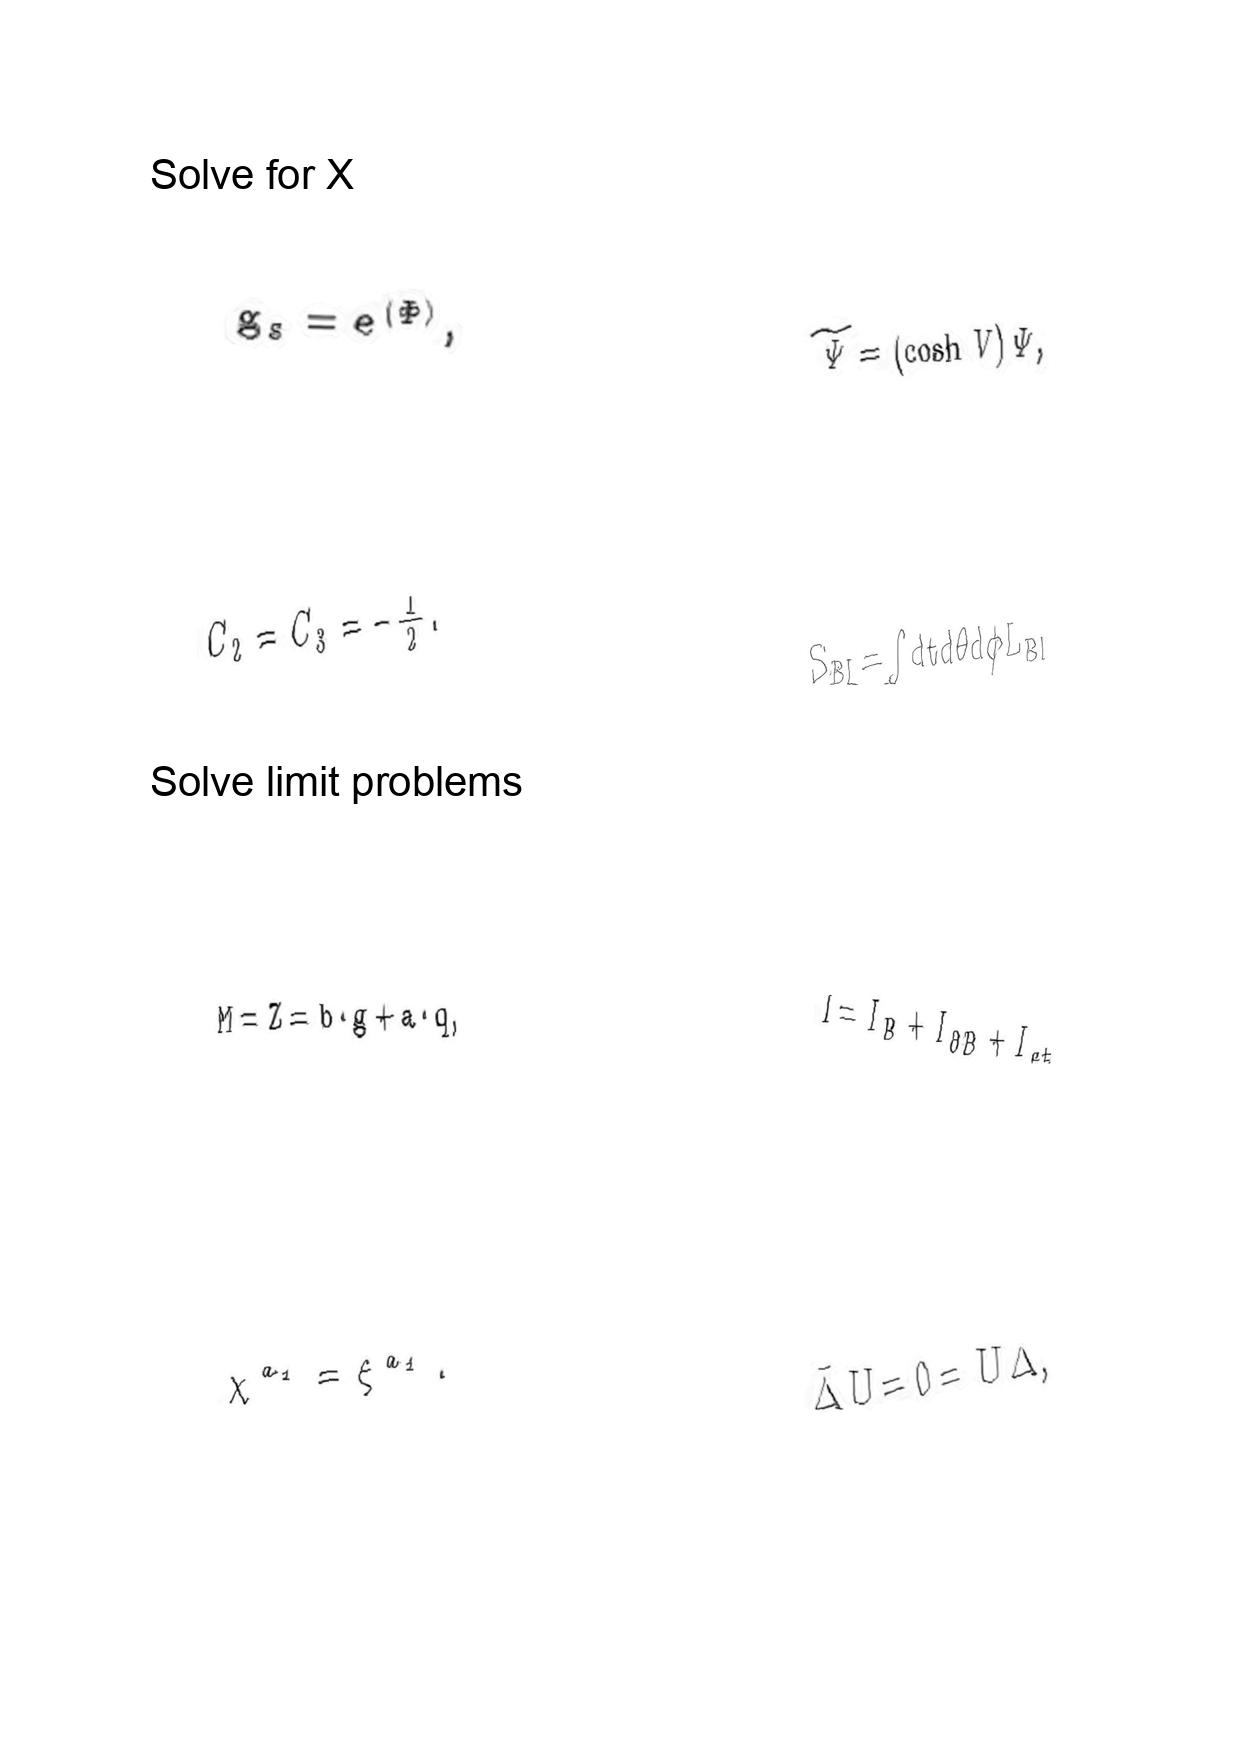
LaTeX transcription:
g _ { s } = e ^ { \langle \Phi \rangle } ,
C _ { 2 } = C _ { 3 } = - \frac { 1 } { 2 } .
M = Z = b \cdot g + a \cdot q ,
\chi ^ { a _ { 1 } } = \xi ^ { a _ { 1 } } .
\tilde { \Psi } = \lparen \cosh V \rparen \Psi ,
S _ { B I } = \int d t d \theta d \phi L _ { B I }
I = I _ { B } + I _ { \partial B } + I _ { c t }
\bar { \Delta } U = 0 = \bar { U } \Delta ,